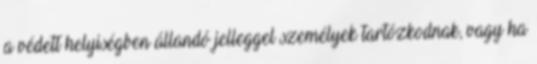
a védett helyiségben állandó jelleggel személyek tartózkodnak, vagy ha